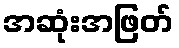
အဆုံးအဖြတ်